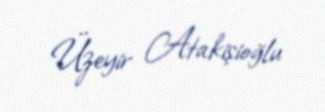
Üzeyir Atakişioğlu